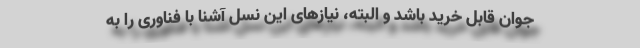
جوان قابل خرید باشد و البته، نیازهای این نسل آشنا با فناوری را به